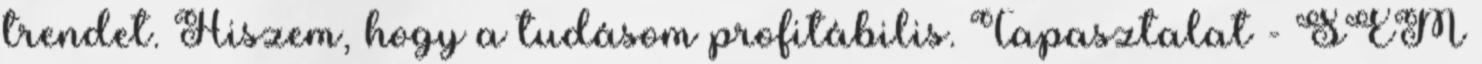
trendet. Hiszem, hogy a tudásom profitábilis. Tapasztalat - SEM